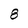
Character: 8